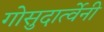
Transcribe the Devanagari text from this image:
गोसुदार्त्वेनी